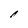
Character: l